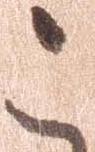
こ